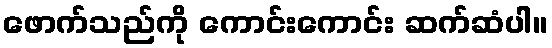
ဖောက်သည်ကို ကောင်းကောင်း ဆက်ဆံပါ။